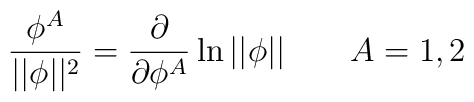
\frac{\phi ^A}{||\phi ||^2}=\frac \partial {\partial \phi ^A}\ln ||\phi||\quad \quad A=1,2